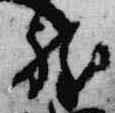
躰